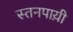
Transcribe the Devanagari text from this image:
स्तनपाय़ी